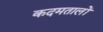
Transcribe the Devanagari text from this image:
कदमतालों